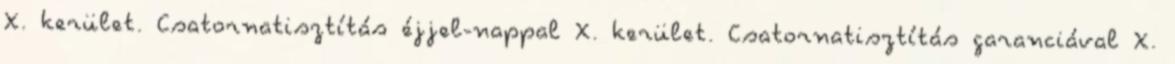
X. kerület. Csatornatisztítás éjjel-nappal X. kerület. Csatornatisztítás garanciával X.